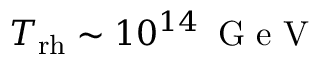
T _ { \mathrm { r h } } \sim 1 0 ^ { 1 4 } \, \textrm { G e V }